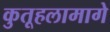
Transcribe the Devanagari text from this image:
कुतूहलामागे